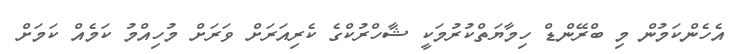
އެހެންކަމުން މި ބްރޭންޑް ހިމާޔަތްކުރުމަކީ ޝާހްރުކްގެ ކެރިއަރަށް ވަރަށް މުހިއްމު ކަމެއް ކަމަށް